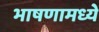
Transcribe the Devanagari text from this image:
भाषणामध्ये